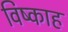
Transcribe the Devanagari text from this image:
विष्काह